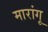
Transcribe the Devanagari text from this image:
मारांगू